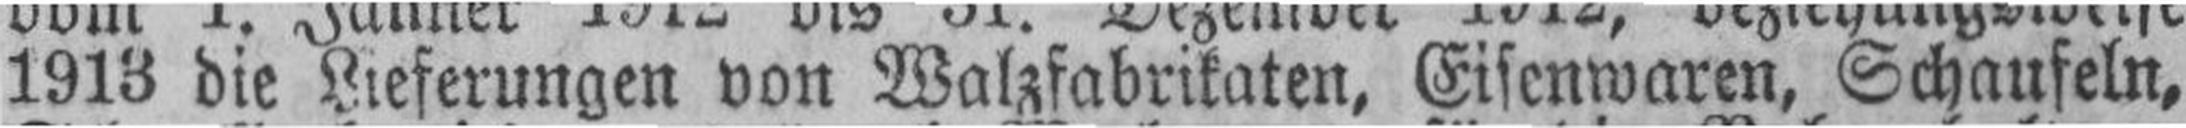
1913 die Lieferungen von Walzfabrikaten, Eisenwaren, Schaufeln,